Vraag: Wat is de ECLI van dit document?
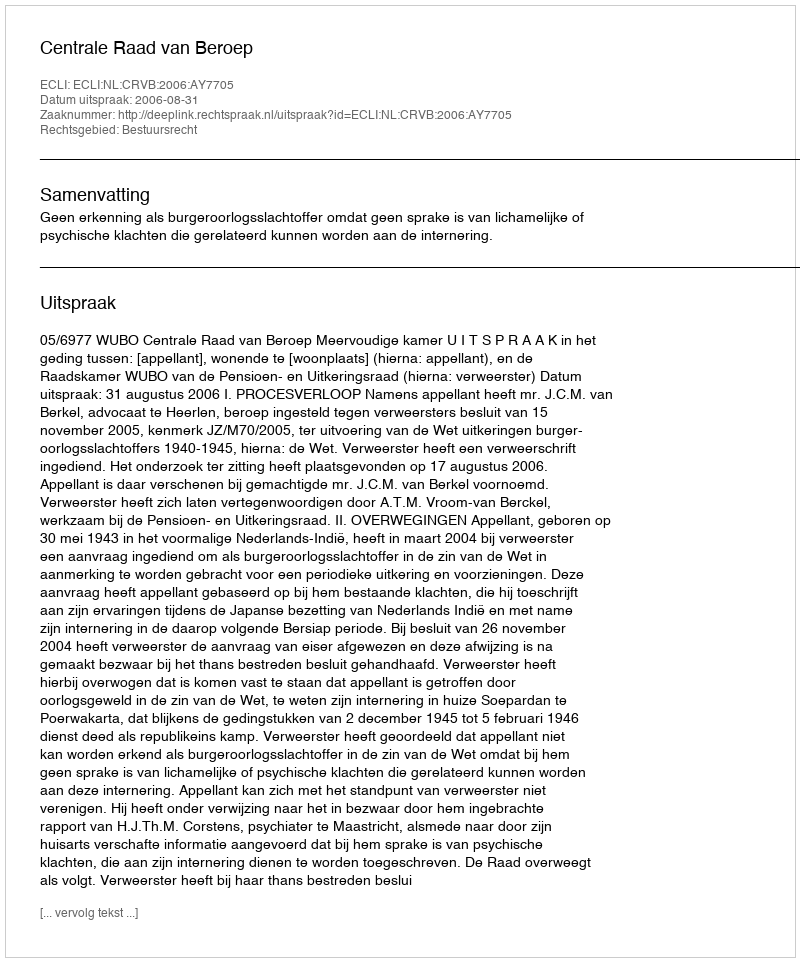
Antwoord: ECLI:NL:CRVB:2006:AY7705